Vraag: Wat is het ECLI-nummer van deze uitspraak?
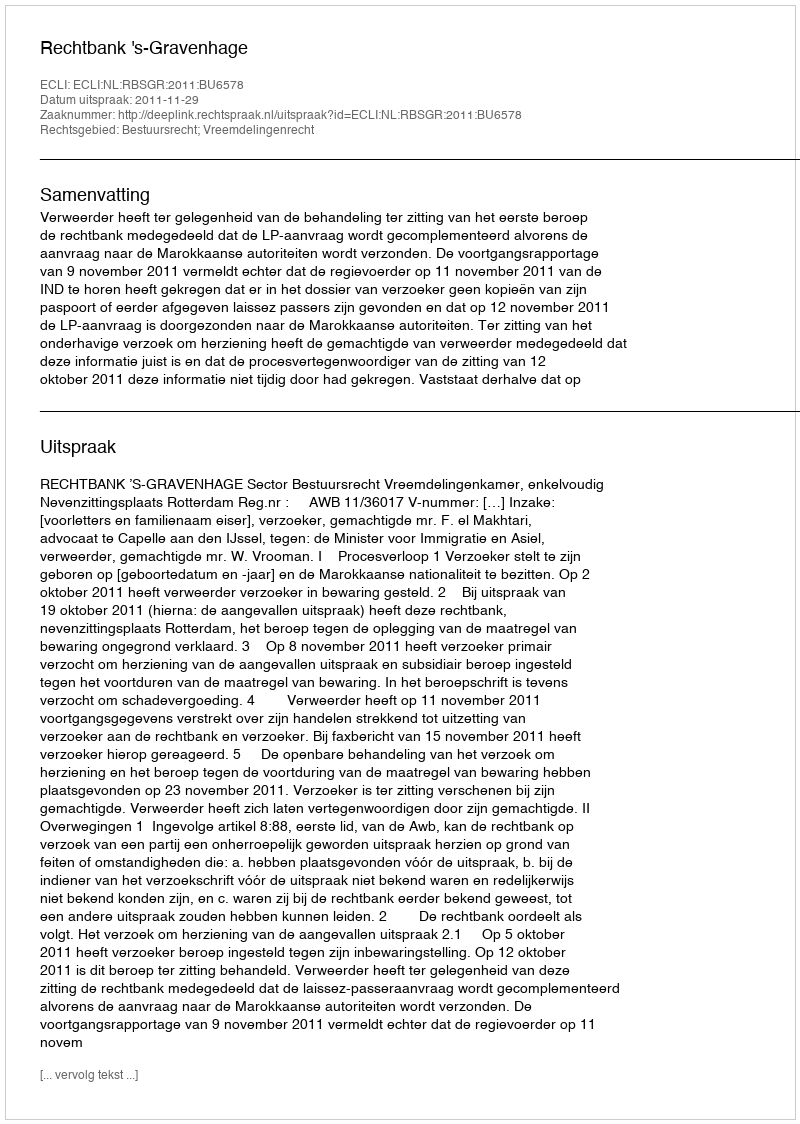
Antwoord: ECLI:NL:RBSGR:2011:BU6578